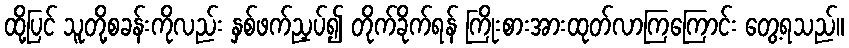
ထို့ပြင် သူတို့စခန်းကိုလည်း နှစ်ဖက်ညှပ်၍ တိုက်ခိုက်ရန် ကြိုးစားအားထုတ်လာကြကြောင်း တွေ့ရသည်။